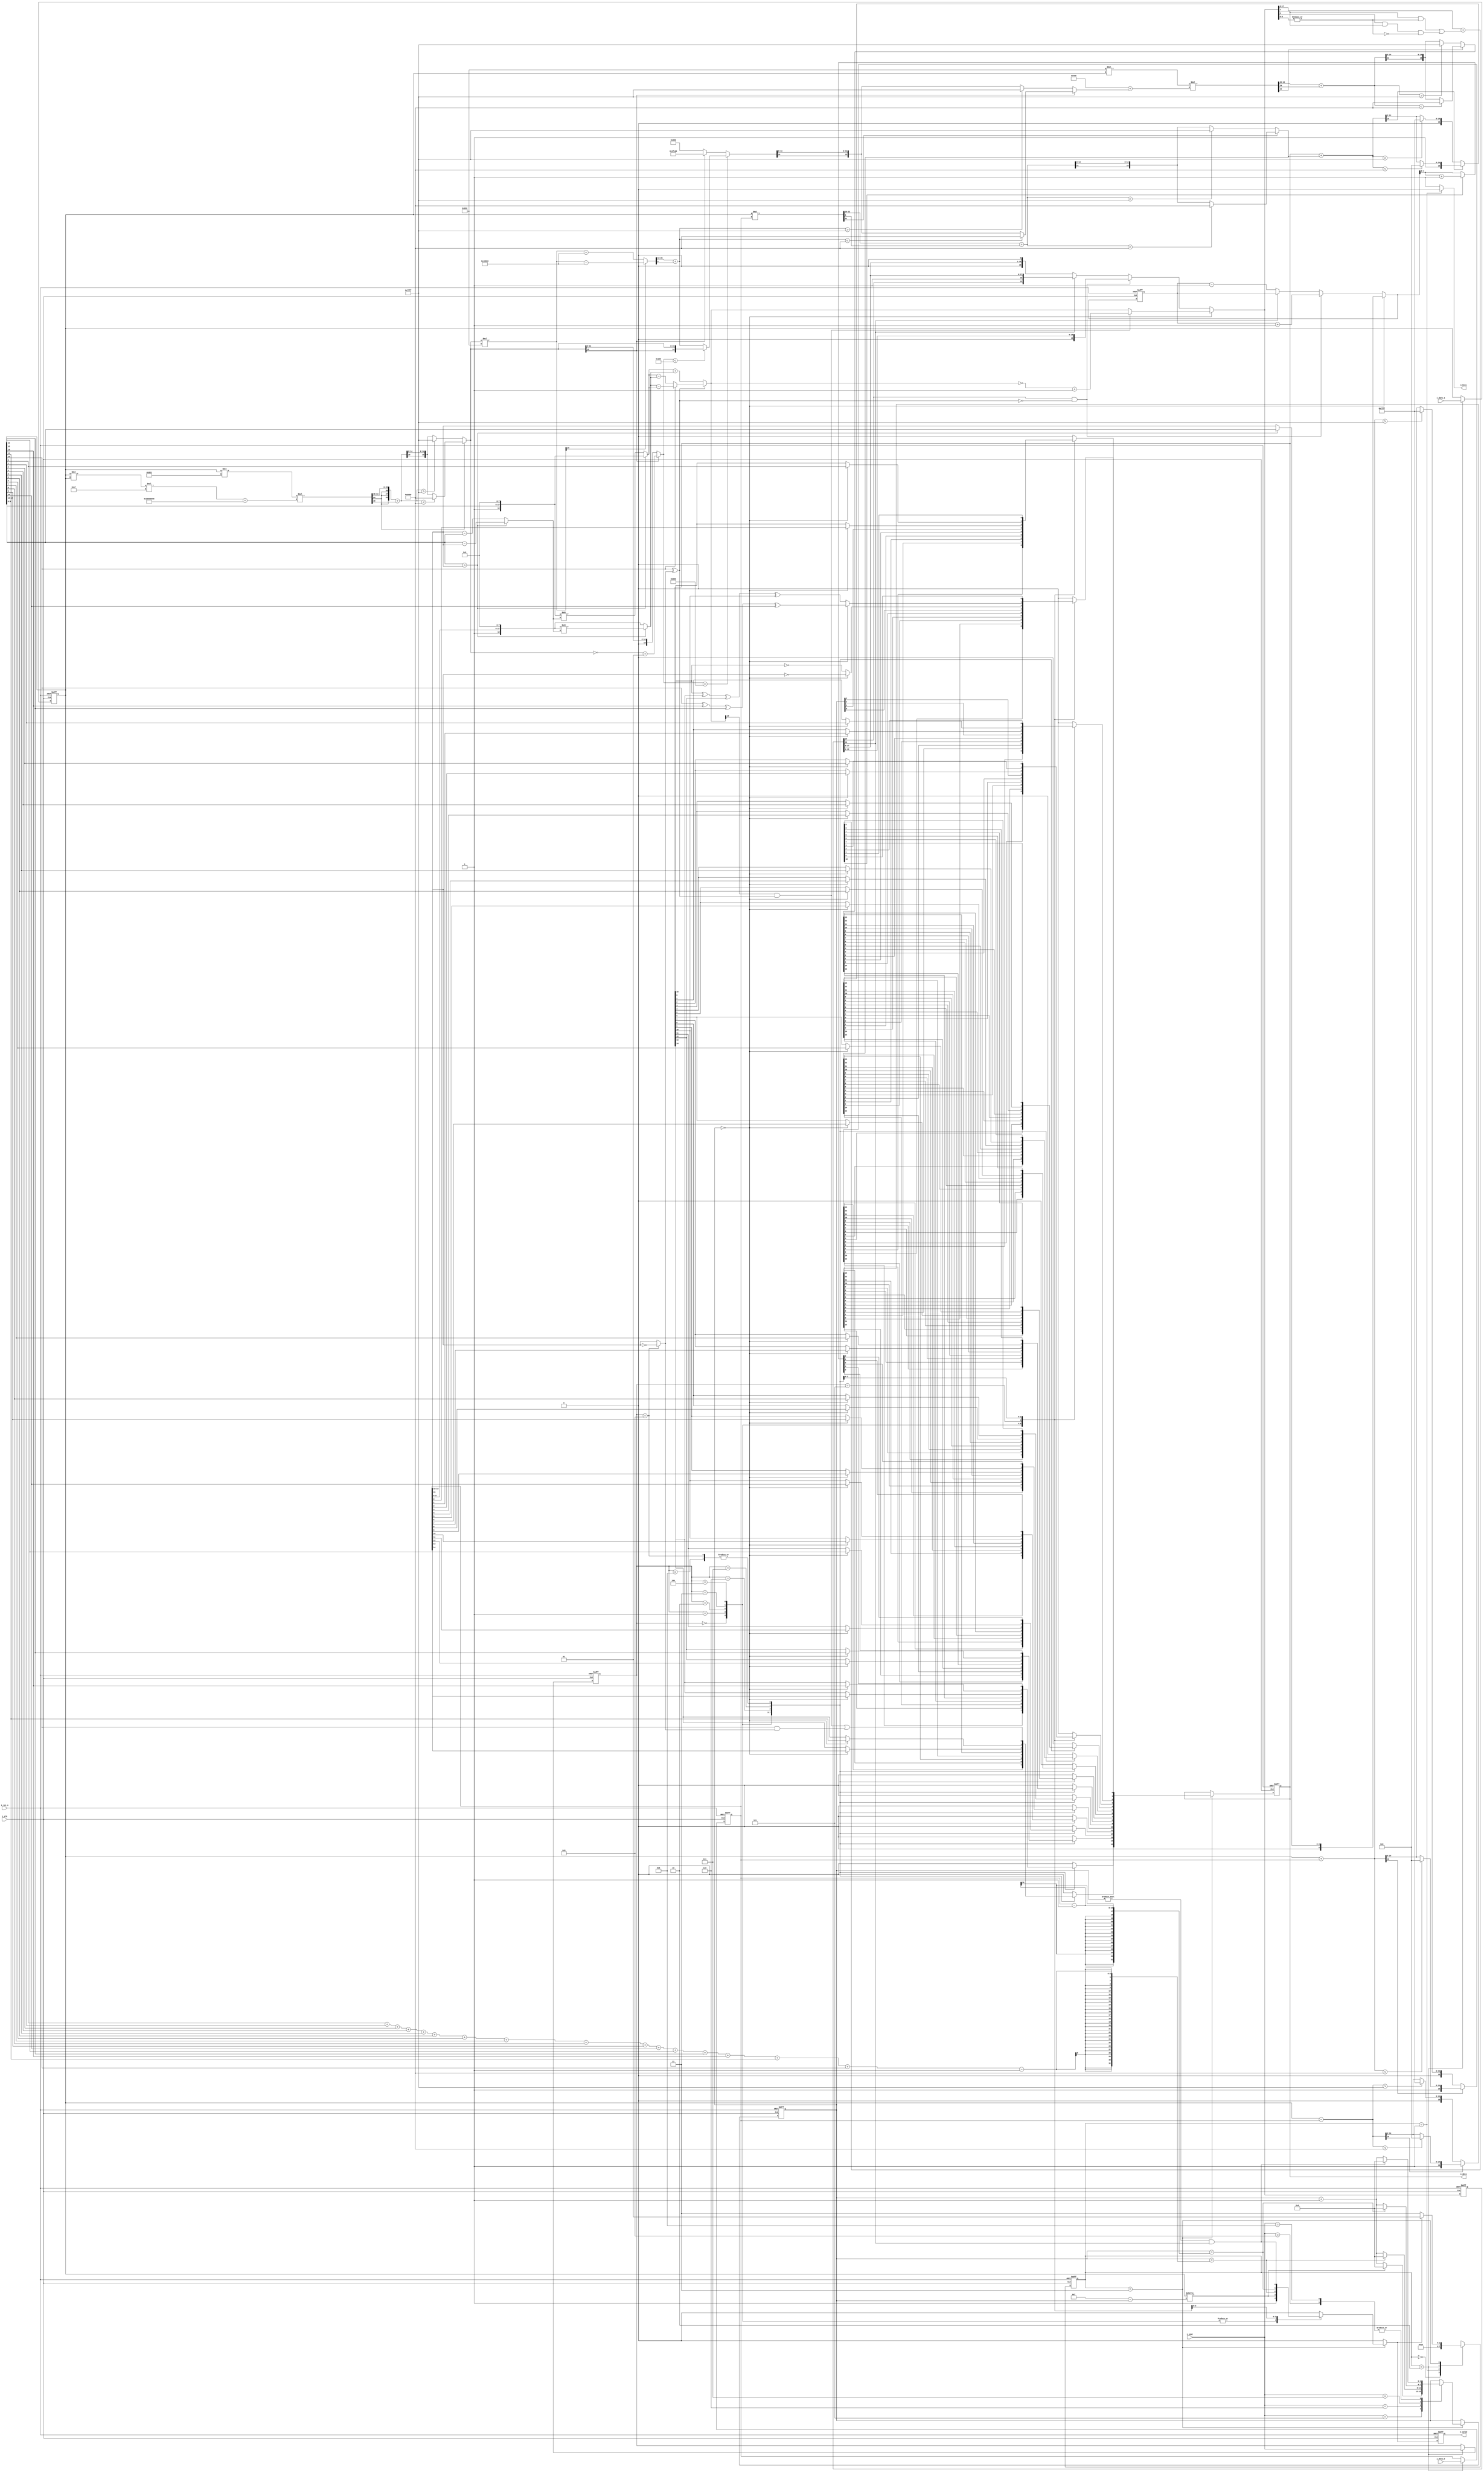
module alu #(
    parameter INT_W  = 6,
    parameter FRAC_W = 10,
    parameter INST_W = 4,
    parameter DATA_W = INT_W + FRAC_W
)(
    input                     i_clk,
    input                     i_rst_n,
    input signed [DATA_W-1:0] i_data_a,
    input signed [DATA_W-1:0] i_data_b,
    input        [INST_W-1:0] i_inst,
    output                    o_valid,
    output                    o_busy,
    output       [DATA_W-1:0] o_data
);

integer i;

reg [3:0] cnt;
reg [1:0] state, n_state;
reg o_valid_w, o_valid_r;
wire [INST_W-1:0] i_inst_w;
reg [INST_W-1:0] i_inst_r;
wire signed [DATA_W-1:0] i_data_a_w, i_data_b_w;
reg signed [DATA_W-1:0] i_data_a_r, i_data_b_r;
reg signed [DATA_W-1:0] o_data_w;
reg signed [DATA_W-1:0] o_data_r;
reg o_busy_r;

wire signed [DATA_W:0] add, sub;
wire signed [2*DATA_W-1:0] mul;
wire signed [21:0] mul_trunc_temp;
wire signed [DATA_W-1:0] mul_rnd;
wire signed [DATA_W:0] mac;
wire [4:0] mask;

wire signed [DATA_W-1:0] gelu_stg1_rnd;
wire signed [2*DATA_W-1:0] rhs1_1;
wire signed [40:0] rhs1_2;
wire signed [41:0] rhs1;
wire signed [25:0] lhs1;
wire signed [67:0] gelu_stg1;
wire signed [28:0] gelu_stg1_trunc_temp;
assign rhs1_1 = i_data_a_r * i_data_a_r;
assign rhs1_2 = rhs1_1 * 23;
assign rhs1 = rhs1_2 + 536870912;
assign lhs1 = i_data_a_r * 817;
assign gelu_stg1 = lhs1 * rhs1;
assign gelu_stg1_trunc_temp = gelu_stg1[67:39]+gelu_stg1[38];
assign gelu_stg1_rnd = (gelu_stg1[67]) ? ((gelu_stg1_trunc_temp < 16'sh8000)?16'h8000:{gelu_stg1_trunc_temp[28], gelu_stg1_trunc_temp[14:0]}) : ((gelu_stg1_trunc_temp > 16'sh7FFF)?16'h7FFF:{gelu_stg1_trunc_temp[28], gelu_stg1_trunc_temp[14:0]});

wire signed [DATA_W:0] gelu_stg2;
wire [DATA_W-1:0] abs_gelu_stg1_rnd;
wire signed [DATA_W-1:0] gelu_stg2_rnd;
wire signed [25:0] gelu_stg2_1;
wire signed [26:0] gelu_stg2_2;
wire signed [DATA_W:0] gelu_stg2_trunc_temp;
assign abs_gelu_stg1_rnd = (gelu_stg1_rnd[DATA_W-1]) ? ~(gelu_stg1_rnd)+1 : gelu_stg1_rnd;
assign gelu_stg2_1 = gelu_stg1_rnd * 512;
assign gelu_stg2_2 = (gelu_stg2_1[25]) ? gelu_stg2_1 - 262144 : gelu_stg2_1 + 262144;
assign gelu_stg2_trunc_temp = gelu_stg2_2[26:10]+gelu_stg2_2[9];
assign gelu_stg2 = (abs_gelu_stg1_rnd < 1536) ? ((abs_gelu_stg1_rnd < 512)?{gelu_stg1_rnd[DATA_W-1], gelu_stg1_rnd}:gelu_stg2_trunc_temp) : ((gelu_stg1_rnd[DATA_W-1]) ? -1024 : 1024);
assign gelu_stg2_rnd = (gelu_stg1_rnd[DATA_W-1]) ? ((gelu_stg2_trunc_temp < 16'sh8000)?16'h8000:{gelu_stg2[DATA_W], gelu_stg2[14:0]}) : ((gelu_stg2_trunc_temp > 16'sh7FFF)?16'h7FFF:{gelu_stg2[DATA_W], gelu_stg2[14:0]});

wire signed [DATA_W-1:0] gelu_stg3_rnd;
wire signed [DATA_W:0] rhs3;
wire signed [25:0] lhs3;
wire signed [42:0] gelu_stg3;
wire signed [22:0] gelu_stg3_trunc_temp;
assign rhs3 = 1024 + gelu_stg2_rnd;
assign lhs3 = 512 * i_data_a_r;
assign gelu_stg3 = lhs3*rhs3;
assign gelu_stg3_trunc_temp = gelu_stg3[42:20]+gelu_stg3[19];
assign gelu_stg3_rnd = (gelu_stg3[42]) ? ((gelu_stg3_trunc_temp < 16'sh8000)?16'h8000:{gelu_stg3_trunc_temp[22], gelu_stg3_trunc_temp[14:0]}) : ((gelu_stg3_trunc_temp > 16'sh7FFF)?16'h7FFF:{gelu_stg3_trunc_temp[22], gelu_stg3_trunc_temp[14:0]});

//FP16 ADDER / SUBTRACTER
wire SIGN_A, SIGN_B;
wire [4:0] EXPO_A, EXPO_B;
wire [10:0] MANT_A, MANT_B; //11bits = 10bits + implicit 1
wire [5:0] abs_expo_diff;
wire [18:0] extend_mant_A, extend_mant_B;
wire [18:0] sh_mant_A, sh_mant_B;
wire [19:0] mant_S_temp;

reg sign_S_r;
wire sign_S_w;
reg [5:0] expo_S_w, expo_S_r;
reg [19:0] mant_S_w, mant_S_r;
wire carry, borrow;
wire guard, round, sticky, bias;
wire SIGN_S;
wire [4:0] EXPO_S;
wire [10:0] MANT_S;

assign SIGN_A = i_data_a_r[DATA_W-1];
assign EXPO_A = i_data_a_r[14:10];
assign MANT_A = {1'b1, i_data_a_r[9:0]};
assign SIGN_B = (i_inst_r == 9) ? !i_data_b_r[DATA_W-1] : i_data_b_r[DATA_W-1];
assign EXPO_B = i_data_b_r[14:10];
assign MANT_B = {1'b1, i_data_b_r[9:0]};
assign abs_expo_diff = (EXPO_A > EXPO_B) ? EXPO_A-EXPO_B : EXPO_B-EXPO_A;
assign extend_mant_A = {MANT_A, 8'b0};
assign extend_mant_B = {MANT_B, 8'b0};
assign sh_mant_A = (EXPO_A > EXPO_B) ? extend_mant_A : extend_mant_A>>abs_expo_diff;    //expo
assign sh_mant_B = (EXPO_A > EXPO_B) ? extend_mant_B>>abs_expo_diff : extend_mant_B;
assign mant_S_temp = (SIGN_A^SIGN_B) ? ((SIGN_A)?sh_mant_B-sh_mant_A:sh_mant_A-sh_mant_B) : sh_mant_A+sh_mant_B;


assign sign_S_w = borrow || (SIGN_A & SIGN_B);
assign carry = mant_S_r[19] & !(SIGN_A^SIGN_B);
assign borrow = mant_S_temp[19] & (SIGN_A^SIGN_B);
assign guard = mant_S_w[8];
assign round = mant_S_w[7];
assign sticky = |mant_S_w[6:0];
assign bias = (round && sticky) || (guard && round && !sticky);
assign SIGN_S = sign_S_w; 
assign EXPO_S = (MANT_S[10]) ? expo_S_w+1 : expo_S_w;
assign MANT_S = mant_S_w[17:8]+bias;

assign add = i_data_a_r + i_data_b_r;
assign sub = i_data_a_r - i_data_b_r;
assign mul = i_data_a_r * i_data_b_r;
assign mul_trunc_temp = mul[31:10]+mul[9];
assign mul_rnd = (mul[2*DATA_W-1]) ? ((mul_trunc_temp < 16'sh8000)?16'h8000:{mul_trunc_temp[21], mul_trunc_temp[14:0]}) : ((mul_trunc_temp > 16'sh7FFF)?16'h7FFF:{mul_trunc_temp[21], mul_trunc_temp[14:0]});
assign mac = o_data_r + mul_rnd;

assign mask = i_data_a_r[0]+i_data_a_r[1]+i_data_a_r[2]+i_data_a_r[3]+
            i_data_a_r[4]+i_data_a_r[5]+i_data_a_r[6]+i_data_a_r[7]+
            i_data_a_r[8]+i_data_a_r[9]+i_data_a_r[10]+i_data_a_r[11]+
            i_data_a_r[12]+i_data_a_r[13]+i_data_a_r[14]+i_data_a_r[15];
assign i_inst_w = (state == 2) ? i_inst : i_inst_r;
assign i_data_a_w = (state == 2) ? i_data_a : i_data_a_r;
assign i_data_b_w = (state == 2) ? i_data_b : i_data_b_r;
assign o_busy = o_busy_r;
assign o_data = o_data_r;
assign o_valid = o_valid_r;

//comb
always @(*) begin
    expo_S_w = 0;
    if(cnt == 0)begin //state == 3
        expo_S_w = (EXPO_A > EXPO_B) ? {1'b0, EXPO_A} : {1'b0, EXPO_B};
    end
    else begin
        expo_S_w = (carry) ? expo_S_r+1 : ((mant_S_r[18])?expo_S_r:expo_S_r-1);
    end
end

always @(*) begin
    mant_S_w = 0;
    if(cnt == 0)begin
        mant_S_w = (borrow) ? ~(mant_S_temp)+1 : mant_S_temp;
    end
    else begin
        mant_S_w = (carry) ? mant_S_r>>1 : ((mant_S_r[18])?mant_S_r:mant_S_r<<1);
    end
end

always @(*) begin
    case (state)
        0: n_state = 1;
        1: n_state = 2;
        2: n_state = 3;
        3: n_state = (o_valid_w) ? 1 : 3;
    endcase
end

always @(*) begin
    if(state == 1)begin
        o_busy_r = 0;
    end
    else begin
        o_busy_r = 1;
    end
end

always @(*) begin
    if(state == 3)
        case (i_inst_r)
            0: o_valid_w = 1;
            1: o_valid_w = 1;
            2: o_valid_w = 1;
            3: o_valid_w = 1;
            4: o_valid_w = 1;
            5: o_valid_w = (i_data_a_r[15-cnt] == 1);
            6: o_valid_w = (cnt == mask-1);
            7: o_valid_w = (cnt == i_data_b_r-1);
            8,9: o_valid_w = (cnt != 0 && mant_S_r[18]);
            default: o_valid_w = 0;
        endcase
    else begin
        o_valid_w = 0; 
    end
end

always @(*) begin
    if(state == 3)begin
        case (i_inst_r)
            0: begin
                o_data_w = (add[DATA_W]) ? ((add < 16'sh8000)?16'h8000:{add[DATA_W], add[14:0]}) : ((add > 16'sh7FFF)?16'h7FFF:{add[DATA_W], add[14:0]});
            end
            1: begin
                o_data_w = (sub[DATA_W]) ? ((sub < 16'sh8000)?16'h8000:{sub[DATA_W], sub[14:0]}) : ((sub > 16'sh7FFF)?16'h7FFF:{sub[DATA_W], sub[14:0]});
            end
            2: begin
                o_data_w = mul_rnd;
            end
            3: begin
                o_data_w = (mac[DATA_W]) ? ((mac < 16'sh8000)?16'h8000:{mac[DATA_W], mac[14:0]}) : ((mac > 16'sh7FFF)?16'h7FFF:{mac[DATA_W], mac[14:0]});
            end
            4: begin
                o_data_w = gelu_stg3_rnd;
            end
            5: begin
                o_data_w = {12'b0, cnt};
            end
            6: begin
                o_data_w[0] = (cnt == 0) ? ~i_data_b_r[15] : ~o_data_r[15];
                for(i=0; i<DATA_W-1; i=i+1)begin
                    o_data_w[i+1] = (cnt == 0) ?  i_data_b_r[i] : o_data_r[i];
                end
            end
            7: begin
                o_data_w[0] = (cnt == 0) ? (((i_data_a_r[15]^i_data_a_r[13])^i_data_a_r[12])^i_data_a_r[10]) : (((o_data_r[15]^o_data_r[13])^o_data_r[12])^o_data_r[10]);
                for(i=0; i<DATA_W-1; i=i+1)begin
                    o_data_w[i+1] = (cnt == 0) ?  i_data_a_r[i] : o_data_r[i];
                end
            end 
            8,9: begin
                o_data_w = {SIGN_S, EXPO_S, MANT_S[9:0]};
            end
            default: o_data_w = 0;
        endcase
    end
    else begin
        o_data_w = o_data_r;
    end
end

//seq
always @(posedge i_clk or negedge i_rst_n) begin
    if(!i_rst_n)begin
        cnt <= 0;
    end
    else begin
        if(state == 3)begin
            case (i_inst)
                5: cnt <= (i_data_a_r[15-cnt] == 1) ? 0 : cnt+1;
                6: cnt <= (cnt == mask-1) ? 0 : cnt+1;
                7: cnt <= (cnt == i_data_b_r-1) ? 0 : cnt+1;
                8,9: cnt <= (cnt != 0 && mant_S_r[18]) ? 0 : cnt+1;
            endcase
        end
    end
end

always @(posedge i_clk or negedge i_rst_n) begin
    if(!i_rst_n)begin
        state <= 0;
        sign_S_r <= 0;
        expo_S_r <= 0;
        mant_S_r <= 0;
        i_inst_r <= 0;
        i_data_a_r <= 0;
        i_data_b_r <= 0;
        o_valid_r <= 0;
        o_data_r <= 0;
    end
    else begin
        state <= n_state;
        sign_S_r <= sign_S_w;
        expo_S_r <= expo_S_w;
        mant_S_r <= mant_S_w;
        i_inst_r <= i_inst_w;
        i_data_a_r <= i_data_a_w;
        i_data_b_r <= i_data_b_w;
        o_valid_r <= o_valid_w;
        o_data_r <= o_data_w;
    end
end
    

endmodule